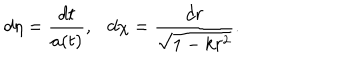
d \eta = { \frac { d t } { a ( t ) } } , d \chi = { \frac { d r } { \sqrt { 1 - k r ^ { 2 } } } } .